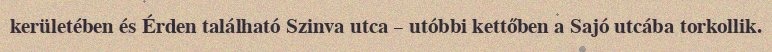
kerületében és Érden található Szinva utca – utóbbi kettőben a Sajó utcába torkollik.